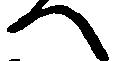
へ